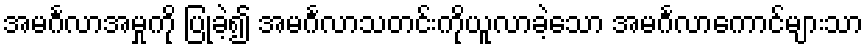
အမင်္ဂလာအမှုကို ပြုခဲ့၍ အမင်္ဂလာသတင်းကိုယူလာခဲ့သော အမင်္ဂလာကောင်များသာ